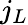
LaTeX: j_{L}